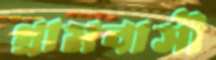
গ্রামবাসী